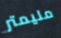
مليمتر